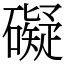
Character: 礙